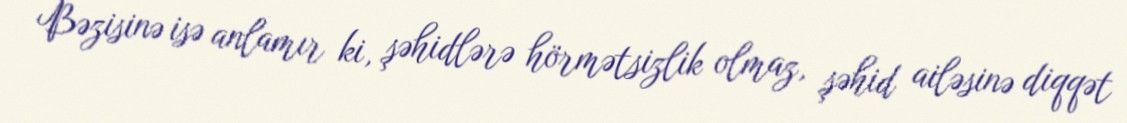
Bəzisinə isə anlamır ki, şəhidlərə hörmətsizlik olmaz, şəhid ailəsinə diqqət